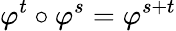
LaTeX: \varphi^{t}\circ\varphi^{s}=\varphi^{s+t}